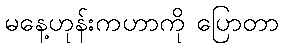
မနေ့ဟုန်းကဟာကို ပြောတာ